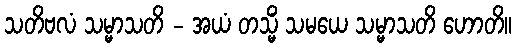
သတိဗလံ သမ္မာသတိ - အယံ တသ္မိံ သမယေ သမ္မာသတိ ဟောတိ။